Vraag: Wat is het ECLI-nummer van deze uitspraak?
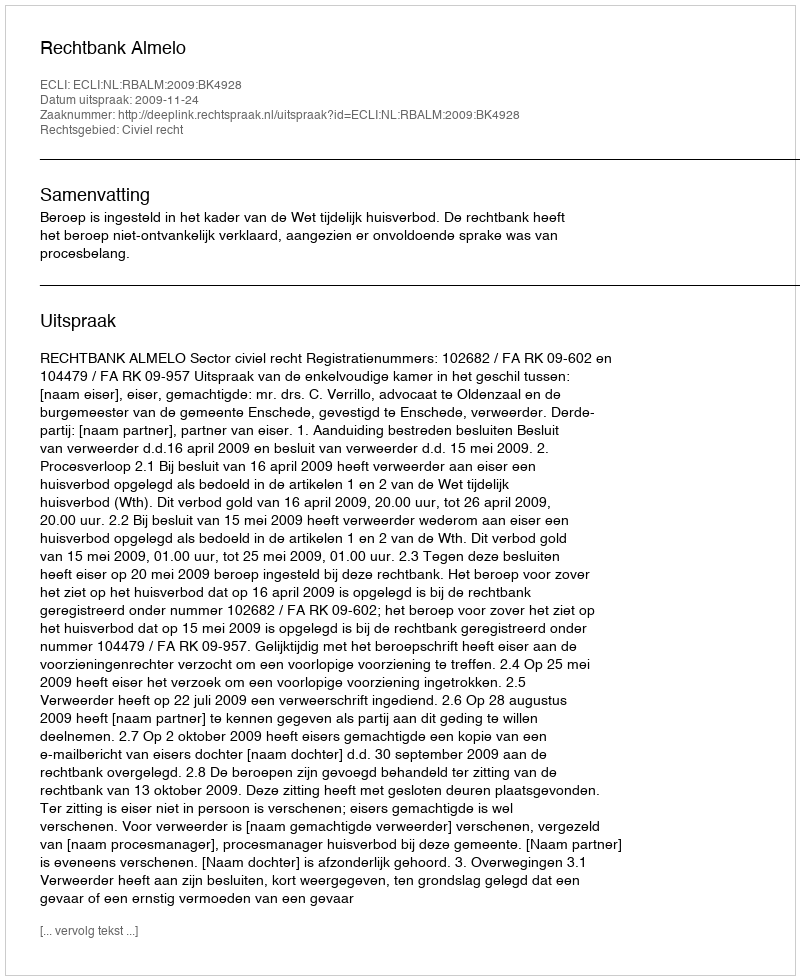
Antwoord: ECLI:NL:RBALM:2009:BK4928